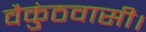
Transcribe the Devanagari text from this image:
वैकुंठवासी।